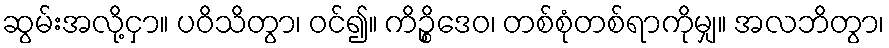
ဆွမ်းအလို့ငှာ။ ပဝိသိတွာ၊ ဝင်၍။ ကိဉ္စိဒေဝ၊ တစ်စုံတစ်ရာကိုမျှ။ အလဘိတွာ၊